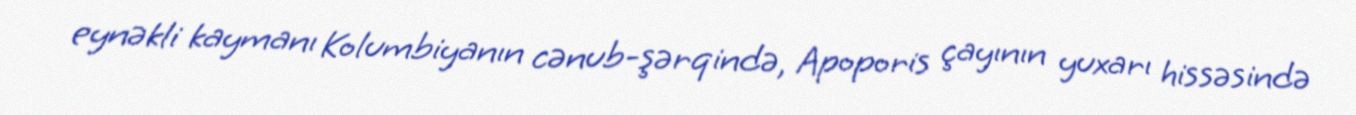
eynəkli kaymanı Kolumbiyanın cənub-şərqində, Apoporis çayının yuxarı hissəsində